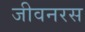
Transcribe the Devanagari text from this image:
जीवनरस